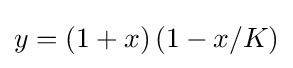
y=(1+x)\left(1-x/K\right)